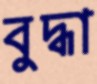
বুদ্ধা